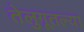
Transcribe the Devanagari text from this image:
तेलुगूतल्या